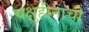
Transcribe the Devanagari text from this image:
चक्षुहीनाची